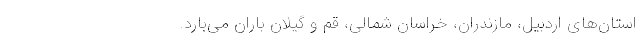
استان‌های اردبیل، مازندران، خراسان شمالی، قم و گیلان باران می‌بارد.